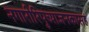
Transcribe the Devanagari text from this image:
नगारीरिपुच्याजनकासह